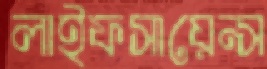
লাইফসায়েন্স